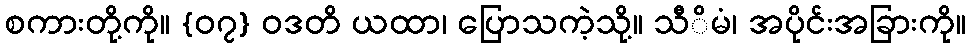
စကားတို့ကို။ {၀၇} ဝဒတိ ယထာ၊ ပြောသကဲ့သို့။ သီိမံ၊ အပိုင်းအခြားကို။